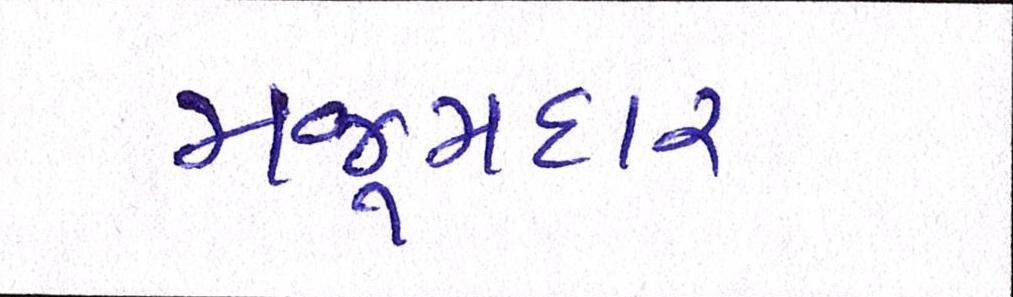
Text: મજૂમદાર